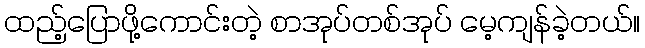
ထည့်ပြောဖို့ကောင်းတဲ့ စာအုပ်တစ်အုပ် မေ့ကျန်ခဲ့တယ်။